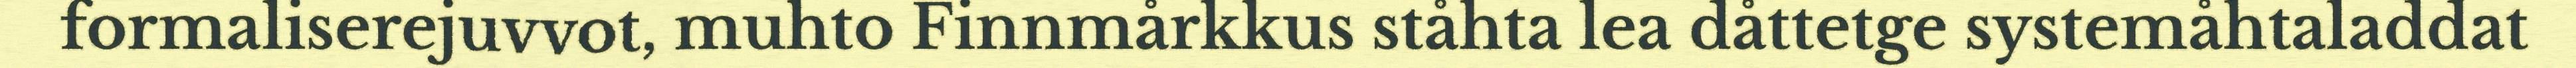
formaliserejuvvot, muhto Finnmårkkus ståhta lea dåttetge systemåhtaladdat